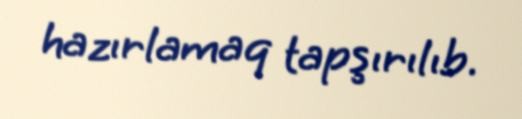
hazırlamaq tapşırılıb.